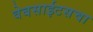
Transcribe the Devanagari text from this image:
वेबसाईटसचा